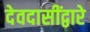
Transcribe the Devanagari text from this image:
देवदासींद्वारे